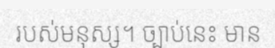
របស់មនុស្ស។ ច្បាប់នេះ មាន